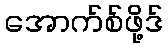
အောက်စ်ဖို့ဒ်